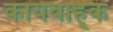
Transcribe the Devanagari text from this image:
कार्यवाह्क